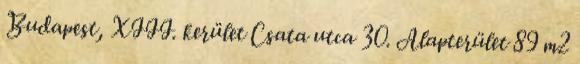
Budapest, XIII. kerület Csata utca 30. Alapterület 89 m2